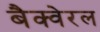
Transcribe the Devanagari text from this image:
बैक्वेरल